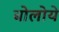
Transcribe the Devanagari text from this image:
बोलोये